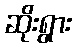
ဆိုးရွား